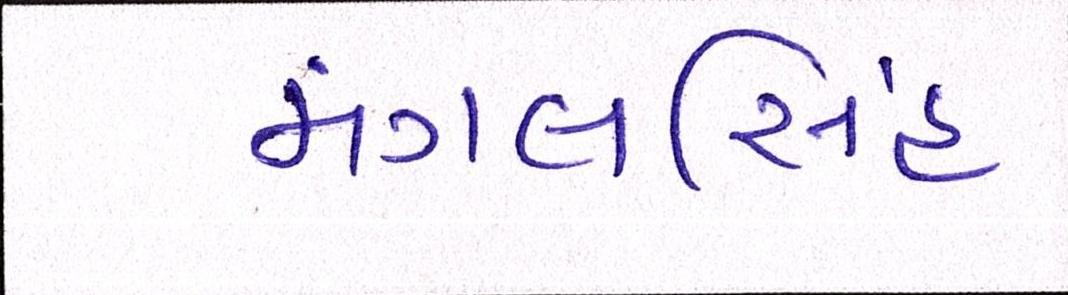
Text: મંગલસિંહ